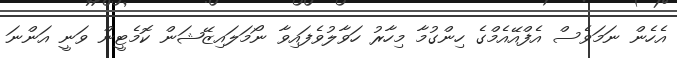
އެހެން ނަމަވެސް އެފްއޭއެމްގެ ހިންގުމާ މިހާރު ހަވާލުވެފައިވާ ނޯމަލައިޒޭޝަން ކޮމެޓީން ވަނީ އަންނަ